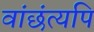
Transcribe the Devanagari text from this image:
वांछंत्यपि